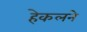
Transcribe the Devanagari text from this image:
हेकलने